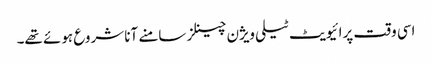
اسی وقت پرائیویٹ ٹیلی ویژن چینلز سامنے آنا شروع ہوئے تھے۔